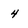
Character: 4